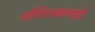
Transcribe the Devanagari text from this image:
जोतिरावांनाही